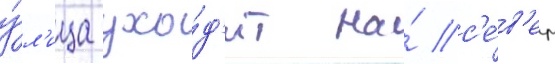
у́л'ица ухо́д'ит на́ с'е́в'ер